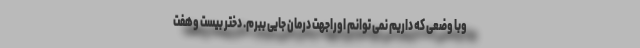
وبا وضعی که داریم نمی توانم اوراجهت درمان جایی ببرم. دختر بیست وهفت